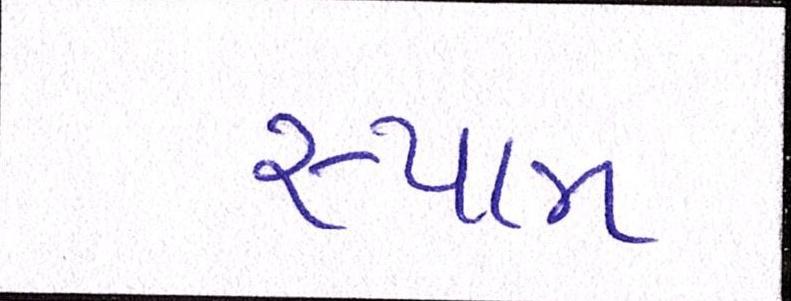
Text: સ્પામ